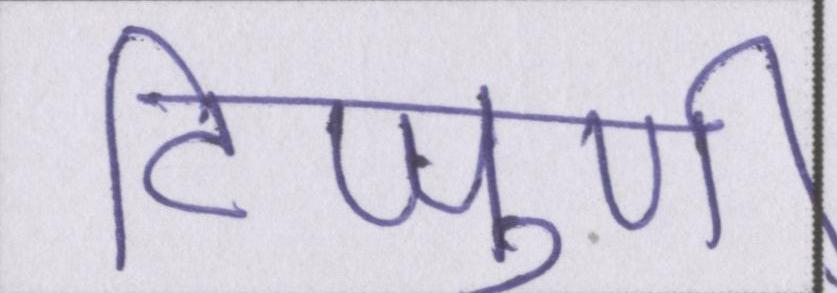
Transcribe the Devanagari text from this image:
टिप्पुणी